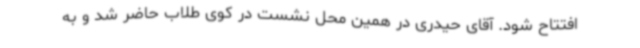
افتتاح شود. آقای حیدری در همین محل نشست در کوی طلاب حاضر شد و به